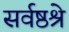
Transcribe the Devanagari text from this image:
सर्वष्ठश्रे